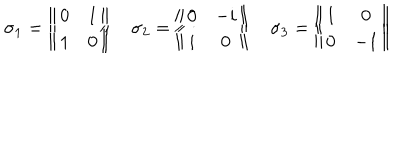
\sigma _ { 1 } = \left\| \begin{array} { c c } { { 0 } } & { { 1 } } \\ { { 1 } } & { { 0 } } \\ \end{array} \right\| \quad \sigma _ { 2 } = \left\| \begin{array} { c c } { { 0 } } & { { - i } } \\ { { i } } & { { 0 } } \\ \end{array} \right\| \quad \sigma _ { 3 } = \left\| \begin{array} { c c } { { 1 } } & { { 0 } } \\ { { 0 } } & { { - 1 } } \\ \end{array} \right\|